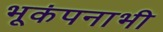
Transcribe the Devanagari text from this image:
भूकंपनाभी